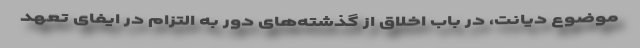
موضوع دیانت، در باب اخلاق از گذشته‌های دور به التزام در ایفای تعهد